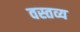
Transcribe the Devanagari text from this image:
वस्तव्य